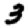
Digit: 3